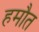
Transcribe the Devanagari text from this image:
हमौत